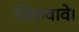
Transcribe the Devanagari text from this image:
शिकवावे।